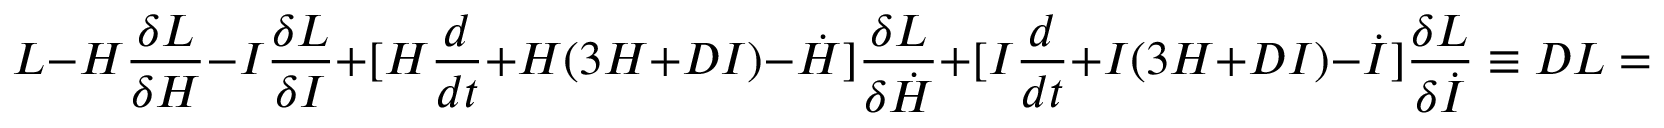
L - H { \frac { \delta L } { \delta H } } - I { \frac { \delta L } { \delta I } } + [ H { \frac { d } { d t } } + H ( 3 H + D I ) - \dot { H } ] { \frac { \delta L } { \delta \dot { H } } } + [ I { \frac { d } { d t } } + I ( 3 H + D I ) - \dot { I } ] { \frac { \delta L } { \delta \dot { I } } } \equiv { \cal D } L = 0 .